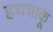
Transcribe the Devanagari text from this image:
हथचाकू